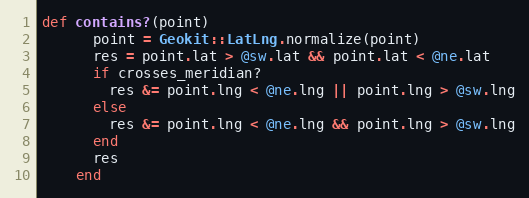
Language: Ruby
def contains?(point)
      point = Geokit::LatLng.normalize(point)
      res = point.lat > @sw.lat && point.lat < @ne.lat
      if crosses_meridian?
        res &= point.lng < @ne.lng || point.lng > @sw.lng
      else
        res &= point.lng < @ne.lng && point.lng > @sw.lng
      end
      res
    end